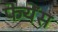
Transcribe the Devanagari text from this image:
फेयेंस